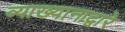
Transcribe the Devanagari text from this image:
व्याख्यानाद्वारे